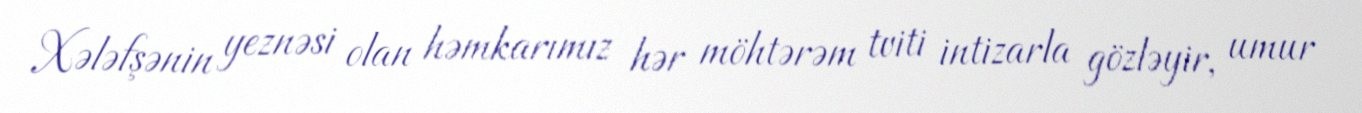
Xələfşənin yeznəsi olan həmkarımız hər möhtərəm tviti intizarla gözləyir, umur